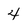
Character: 4